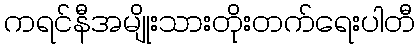
ကရင်နီအမျိုးသားတိုးတက်ရေးပါတီ